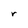
Character: r